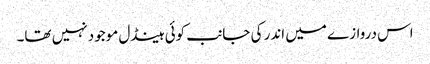
اس دروازے میں اندر کی جانب کوئی ہینڈل موجود نہیں تھا۔